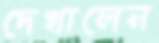
দেখালেন